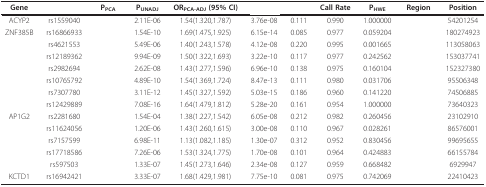
<table><thead><tr><td><b>Gene</b></td><td>[EMPTY_CELL]</td><td><b>P<sub>PCA</sub></b></td><td><b>P<sub>UNADJ</sub></b></td><td><b>OR<sub>PCA-ADJ </sub>(95% CI)</b></td><td>[EMPTY_CELL]</td><td>[EMPTY_CELL]</td><td><b>Call Rate</b></td><td><b>P<sub>HWE</sub></b></td><td><b>Region</b></td><td><b>Position</b></td></tr></thead><tbody><tr><td>ACYP2</td><td>rs1559040</td><td>[EMPTY_CELL]</td><td>2.11E-06</td><td>1.54(1.320,1.787)</td><td>3.76e-08</td><td>0.111</td><td>0.990</td><td>1.000000</td><td>[EMPTY_CELL]</td><td>54201254</td></tr><tr><td>ZNF385B</td><td>rs16866933</td><td>[EMPTY_CELL]</td><td>1.54E-10</td><td>1.69(1.475,1.925)</td><td>6.15e-14</td><td>0.085</td><td>0.977</td><td>0.059204</td><td>[EMPTY_CELL]</td><td>180274923</td></tr><tr><td>[EMPTY_CELL]</td><td>rs4621553</td><td>[EMPTY_CELL]</td><td>5.49E-06</td><td>1.40(1.243,1.578)</td><td>4.12e-08</td><td>0.220</td><td>0.995</td><td>0.001665</td><td>[EMPTY_CELL]</td><td>113058063</td></tr><tr><td>[EMPTY_CELL]</td><td>rs12189362</td><td>[EMPTY_CELL]</td><td>9.94E-09</td><td>1.50(1.322,1.693)</td><td>3.22e-10</td><td>0.117</td><td>0.977</td><td>0.242562</td><td>[EMPTY_CELL]</td><td>153037741</td></tr><tr><td>[EMPTY_CELL]</td><td>rs2982694</td><td>[EMPTY_CELL]</td><td>2.62E-08</td><td>1.43(1.277,1.596)</td><td>6.96e-10</td><td>0.138</td><td>0.975</td><td>0.160104</td><td>[EMPTY_CELL]</td><td>152327380</td></tr><tr><td>[EMPTY_CELL]</td><td>rs10765792</td><td>[EMPTY_CELL]</td><td>4.89E-10</td><td>1.54(1.369,1.724)</td><td>8.47e-13</td><td>0.111</td><td>0.980</td><td>0.031706</td><td>[EMPTY_CELL]</td><td>95506348</td></tr><tr><td>[EMPTY_CELL]</td><td>rs7307780</td><td>[EMPTY_CELL]</td><td>3.11E-12</td><td>1.45(1.327,1.592)</td><td>5.03e-15</td><td>0.186</td><td>0.960</td><td>0.141220</td><td>[EMPTY_CELL]</td><td>74506885</td></tr><tr><td>[EMPTY_CELL]</td><td>rs12429889</td><td>[EMPTY_CELL]</td><td>7.08E-16</td><td>1.64(1.479,1.812)</td><td>5.28e-20</td><td>0.161</td><td>0.954</td><td>1.000000</td><td>[EMPTY_CELL]</td><td>73640323</td></tr><tr><td>AP1G2</td><td>rs2281680</td><td>[EMPTY_CELL]</td><td>1.54E-04</td><td>1.38(1.227,1.542)</td><td>6.05e-08</td><td>0.212</td><td>0.982</td><td>0.260456</td><td>[EMPTY_CELL]</td><td>23102910</td></tr><tr><td>[EMPTY_CELL]</td><td>rs11624056</td><td>[EMPTY_CELL]</td><td>1.20E-06</td><td>1.43(1.260,1.615)</td><td>3.00e-08</td><td>0.110</td><td>0.967</td><td>0.028261</td><td>[EMPTY_CELL]</td><td>86576001</td></tr><tr><td>[EMPTY_CELL]</td><td>rs7157599</td><td>[EMPTY_CELL]</td><td>6.98E-11</td><td>1.13(1.082,1.185)</td><td>1.30e-07</td><td>0.312</td><td>0.952</td><td>0.830456</td><td>[EMPTY_CELL]</td><td>99695655</td></tr><tr><td>[EMPTY_CELL]</td><td>rs17718586</td><td>[EMPTY_CELL]</td><td>7.26E-06</td><td>1.53(1.324,1.775)</td><td>1.70e-08</td><td>0.101</td><td>0.964</td><td>0.424883</td><td>[EMPTY_CELL]</td><td>66155784</td></tr><tr><td>[EMPTY_CELL]</td><td>rs597503</td><td>[EMPTY_CELL]</td><td>1.33E-07</td><td>1.45(1.273,1.646)</td><td>2.34e-08</td><td>0.127</td><td>0.959</td><td>0.668482</td><td>[EMPTY_CELL]</td><td>6929947</td></tr><tr><td>KCTD1</td><td>rs16942421</td><td>[EMPTY_CELL]</td><td>3.33E-07</td><td>1.68(1.429,1.981)</td><td>7.75e-10</td><td>0.081</td><td>0.975</td><td>0.742069</td><td>[EMPTY_CELL]</td><td>22410423</td></tr></tbody></table>